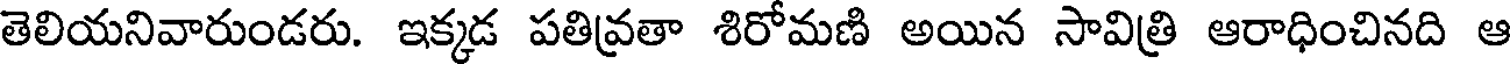
తెలియనివారుండరు. ఇక్కడ పతివ్రతా శిరోమణి అయిన సావిత్రి ఆరాధించినది ఆ